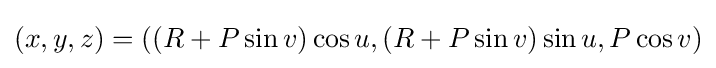
(x,y,z)=((R+P\sin v)\cos u,(R+P\sin v)\sin u,P\cos v)